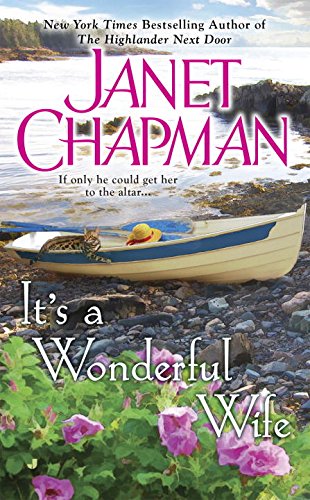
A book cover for It's a Wonderful Wife (Sinclair Brothers Novel); Janet Chapman; Romance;